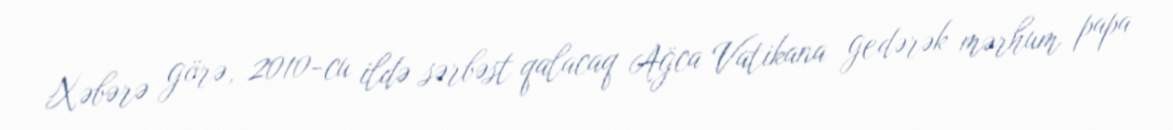
Xəbərə görə, 2010-cu ildə sərbəst qalacaq Ağca Vatikana gedərək mərhum papa